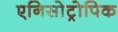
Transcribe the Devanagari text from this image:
एनिसोट्रोपिक